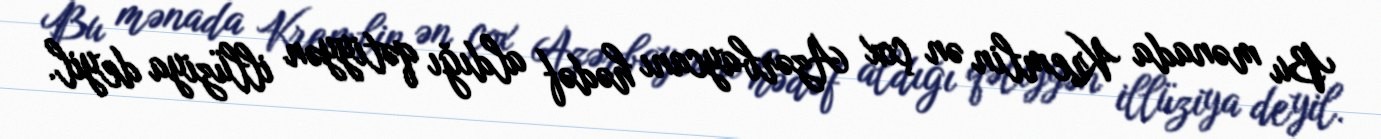
Bu mənada Kremlin ən çox Azərbaycanı hədəf aldığı qətiyyən illüziya deyil.